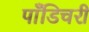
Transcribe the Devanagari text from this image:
पाँडिचरी